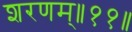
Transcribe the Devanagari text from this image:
शरणम्॥११॥